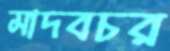
মাদবচর